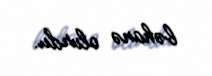
bəhanə olurdu.